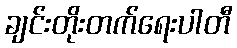
ချင်းတိုးတက်ရေးပါတီ